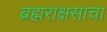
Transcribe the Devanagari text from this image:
ब्रह्मराक्षसाचा